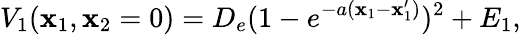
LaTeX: V_{1}(\mathbf{x}_{1},\mathbf{x}_{2}=0)=D_{e}(1-e^{-a(\mathbf{x}_{1}-\mathbf{x}_{1}^{\prime})})^{2}+E_{1},